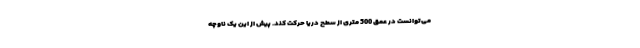
می‌توانست در عمق 500 متری از سطح دریا حرکت کند. پیش از این یک ناوچه